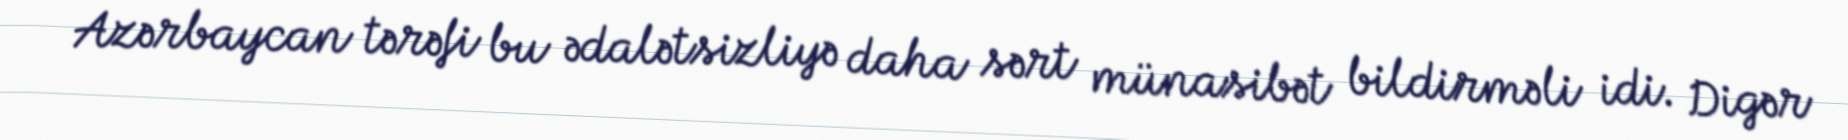
Azərbaycan tərəfi bu ədalətsizliyə daha sərt münasibət bildirməli idi. Digər